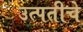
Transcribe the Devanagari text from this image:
उत्पतीचे